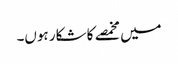
میں مخمصے کا شکار ہوں۔